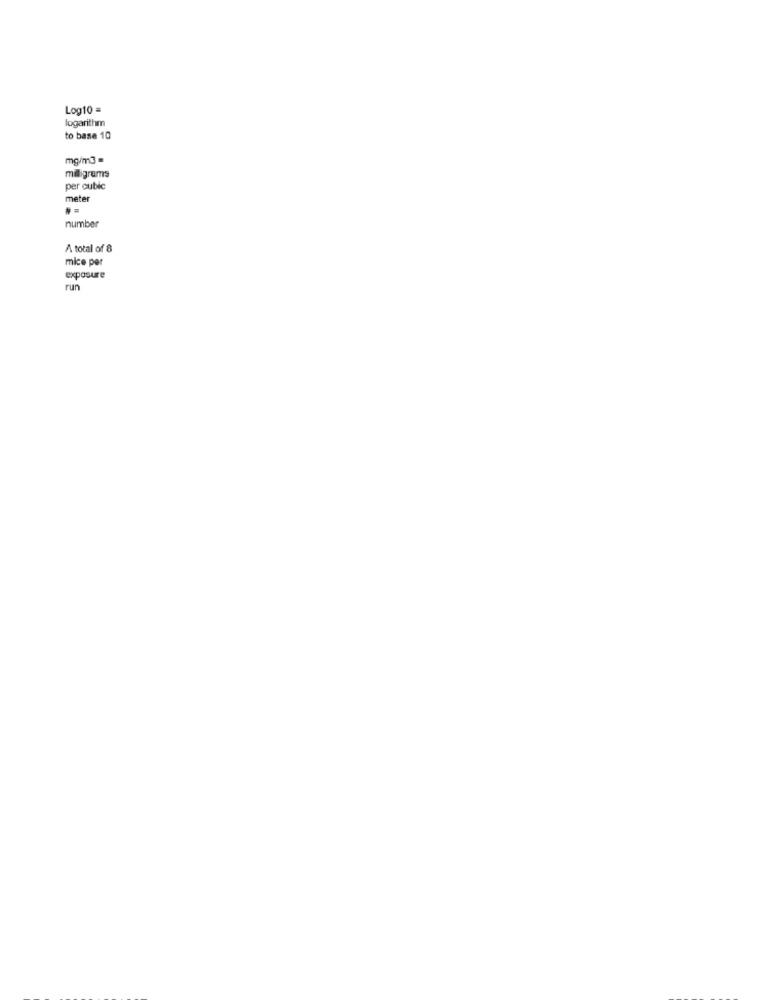
Log10 =
logarithm
to base 10
mg/m3 =
milligrams
per cubic
meter
number
A total of 8
mice per
exposure
run